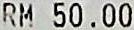
RM 50.00